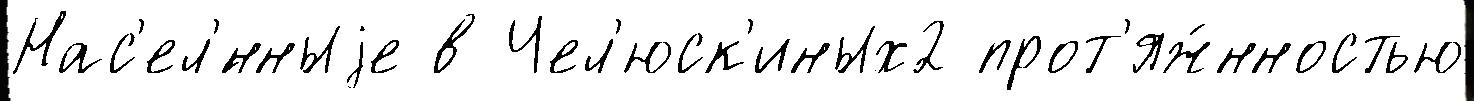
Нас'ел'́нныjе в Чел'юск'иных2 прот'яж́нностью